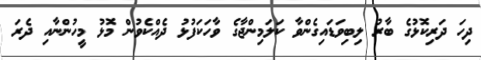
ދިހަ ދަރިކޮޅުގެ ބާރު ލިބިވަޑައިގެންވާ ކަލަމިންޖާގެ ވާހަކަފުޅު ދެއްކެވުން މޮޅު މީހުންނާއި ދެރަ